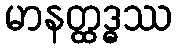
မာနတ္ထဒ္ဓဿ